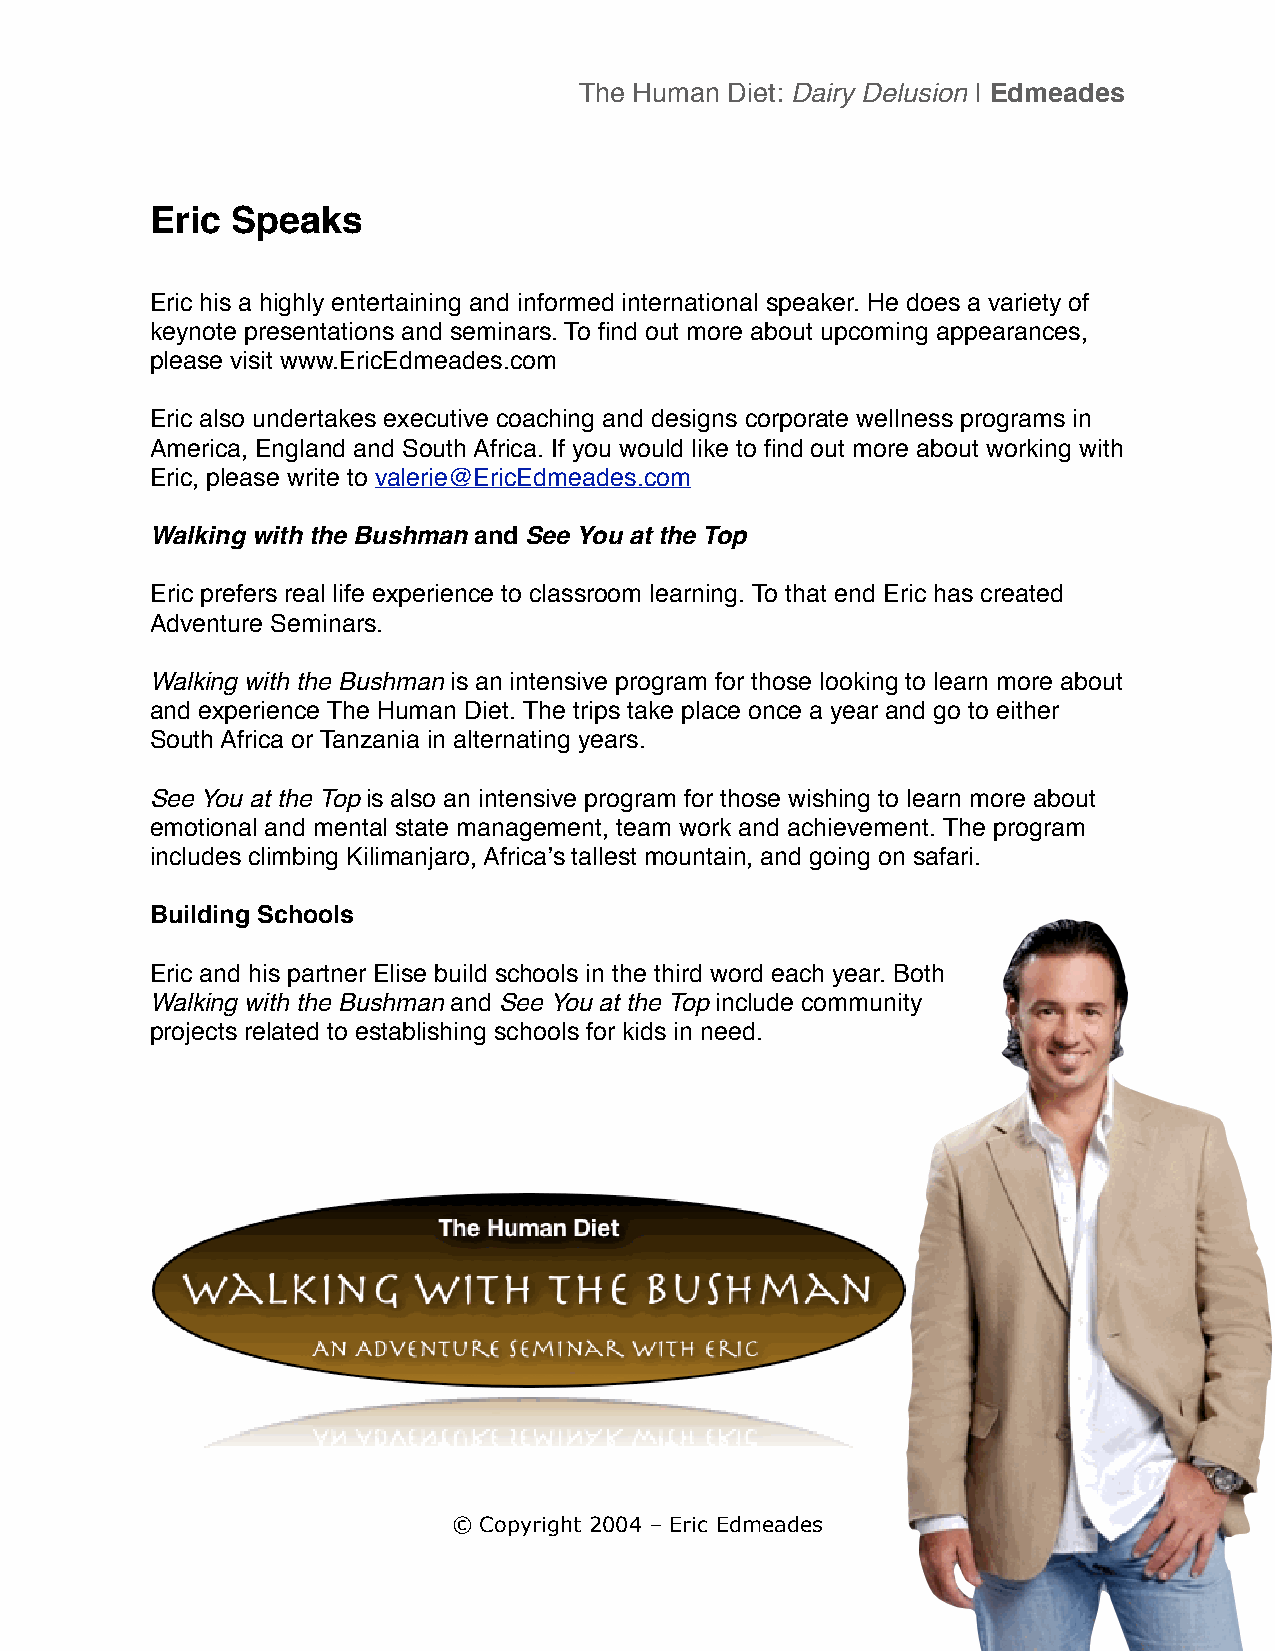
The Human Diet: Dairy Delusion | Edmeades
 Eric Speaks
 Eric his a highly entertaining and informed international speaker. He does a variety of
 keynote presentations and seminars. To find out more about upcoming appearances,
 please visit www.EricEdmeades.com
 Eric also undertakes executive coaching and designs corporate wellness programs in
 America, England and South Africa. If you would like to find out more about working with
 Eric, please write to valerie@EricEdmeades.com
 Walking with the Bushman and See You at the Top
 Eric prefers real life experience to classroom learning. To that end Eric has created
 Adventure Seminars.
 Walking with the Bushman is an intensive program for those looking to learn more about
 and experience The Human Diet. The trips take place once a year and go to either
 South Africa or Tanzania in alternating years.
 See You at the Top is also an intensive program for those wishing to learn more about
 emotional and mental state management, team work and achievement. The program
 includes climbing Kilimanjaro, Africaʼs tallest mountain, and going on safari.
 Building Schools
 Eric and his partner Elise build schools in the third word each year. Both
 Walking with the Bushman and See You at the Top include community
 projects related to establishing schools for kids in need.
 © Copyright 2004 – Eric Edmeades